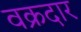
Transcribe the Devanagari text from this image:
वक्रदार